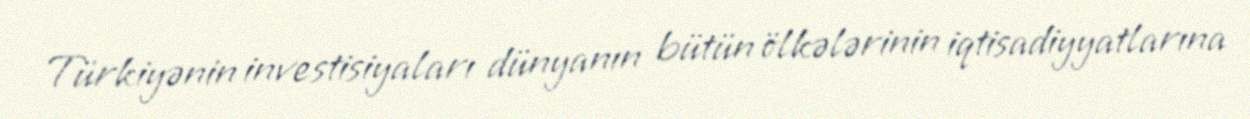
Türkiyənin investisiyaları dünyanın bütün ölkələrinin iqtisadiyyatlarına